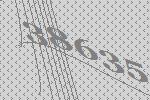
38635